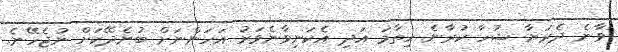
ވާނެ ދެރަޔާ ޝުހާ ކުރާނެ ހިތާމަ އަދި އެކަނިވާނެވަރު އަހަންނަށް ބުނެދޭކަށް ނުޖެހޭނެ.